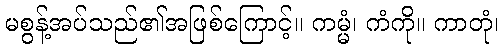
မစွန့်အပ်သည်၏အဖြစ်ကြောင့်။ ကမ္မံ၊ ကံကို။ ကာတုံ၊